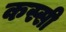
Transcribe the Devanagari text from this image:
कस्सी